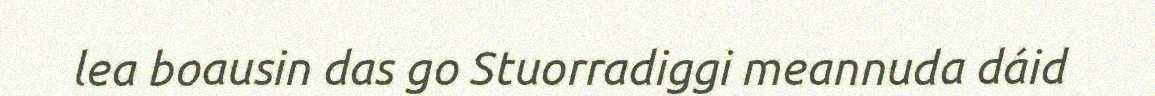
lea boausin das go Stuorradiggi meannuda dáid